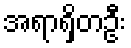
အရာရှိတဦး